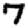
Digit: 7